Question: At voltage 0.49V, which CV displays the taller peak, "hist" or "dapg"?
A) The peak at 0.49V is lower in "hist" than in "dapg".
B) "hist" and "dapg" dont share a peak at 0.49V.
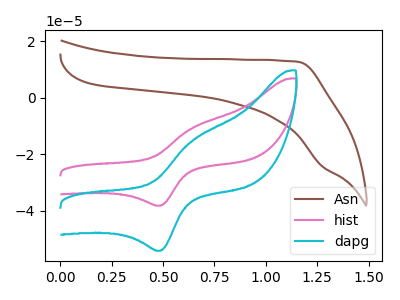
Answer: <think>The brown curve "Asn" has no peaks. The pink curve "hist" has an anodic peak at (0.65V, -10.60uA) and a cathodic peak at (0.50V, -38.10uA). The cyan curve "dapg" has an anodic peak at (0.65V, -15.05uA) and a cathodic peak at (0.50V, -54.05uA).</think>
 <answer>A) The peak at 0.49V is lower in "hist" than in "dapg".</answer>
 <eval>A</eval>